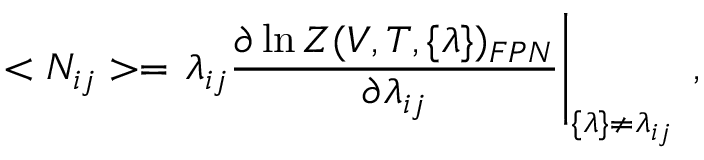
< N _ { i j } > = \left. \lambda _ { i j } \frac { \partial \ln Z ( V , T , \{ \lambda \} ) _ { F P N } } { \partial \lambda _ { i j } } \right| _ { \{ \lambda \} \neq \lambda _ { i j } } \; ,